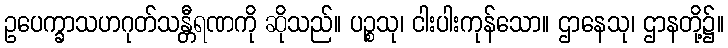
ဥပေက္ခာသဟဂုတ်သန္တီရဏကို ဆိုသည်။ ပဉ္စသု၊ ငါးပါးကုန်သော။ ဌာနေသု၊ ဌာနတို့၌။